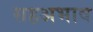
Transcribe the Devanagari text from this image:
सहअभाव